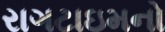
રાગટાઇમનો